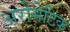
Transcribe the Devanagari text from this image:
अरोमेटिक